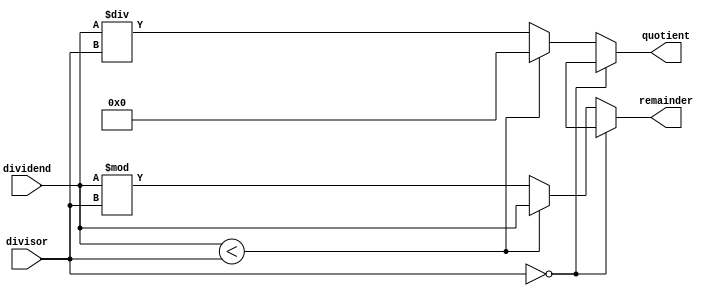
module Asynchronous_Divider (
    input wire [31:0] dividend,
    input wire [31:0] divisor,
    output reg [31:0] quotient,
    output reg [31:0] remainder
);

always @* begin
    if (divisor == 0) begin
        // Handle division by zero
        quotient <= 32'hx;
        remainder <= 32'hx;
    end else if (dividend < divisor) begin
        // Handle dividend less than divisor
        quotient <= 32'h0;
        remainder <= dividend;
    end else begin
        // Perform division operation
        quotient <= dividend / divisor;
        remainder <= dividend % divisor;
    end
end

endmodule